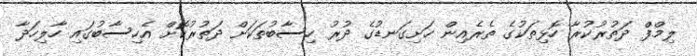
ލިމްފްްް ދަތުރުކުރާ ހޮޅިތަކުގެ ތެރެއިން ހަށިގަނޑުގެ ދުރު ހިސާބުތަކަށް ދަތުރުކޮށް އެހިސާބުގައި ހާލިހަދާ